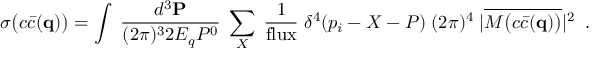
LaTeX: \sigma \big ( c \bar { c } ( { \bf q } ) \big ) = \int \; \frac { d ^ { 3 } { \bf P } } { ( 2 \pi ) ^ { 3 } 2 E _ { q } P ^ { 0 } } \; \sum _ { X } \; \frac { 1 } { { \mathrm { f l u x } } } \; \delta ^ { 4 } ( p _ { i } - X - P ) \; ( 2 \pi ) ^ { 4 } \; | \overline { { { { \cal M } \big ( c \bar { c } ( { \bf q } ) \big ) } } } | ^ { 2 } \; \; .